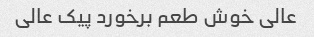
عالی خوش طعم برخورد پیک عالی